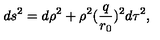
d s ^ { 2 } = d \rho ^ { 2 } + \rho ^ { 2 } ( \frac { q } { r _ { 0 } } ) ^ { 2 } d \tau ^ { 2 } ,